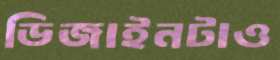
ডিজাইনটাও